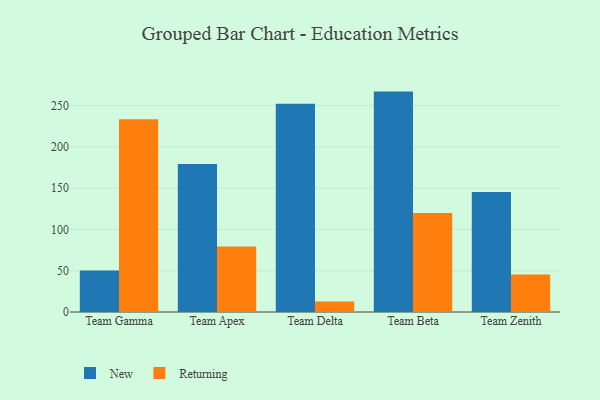
{"axis": {"x": "Team", "y": "Gross Profit (USD K)"}, "legend": ["New", "Returning"], "data": [{"x": "Team Gamma", "y": 50.4, "type": "New"}, {"x": "Team Gamma", "y": 233.5, "type": "Returning"}, {"x": "Team Apex", "y": 179.4, "type": "New"}, {"x": "Team Apex", "y": 79.3, "type": "Returning"}, {"x": "Team Delta", "y": 252.4, "type": "New"}, {"x": "Team Delta", "y": 12.7, "type": "Returning"}, {"x": "Team Beta", "y": 267.0, "type": "New"}, {"x": "Team Beta", "y": 119.8, "type": "Returning"}, {"x": "Team Zenith", "y": 145.3, "type": "New"}, {"x": "Team Zenith", "y": 45.5, "type": "Returning"}]}